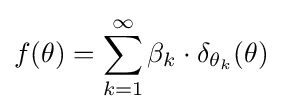
f(\theta )=\sum _{k=1}^{\infty }\beta _{k}\cdot \delta _{\theta _{k}}(\theta )